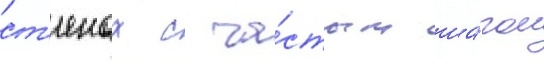
ст'енах с ча́стым ша́гом